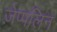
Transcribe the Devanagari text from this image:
ज़ेप्पलिन